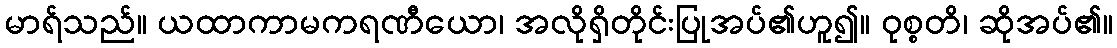
မာရ်သည်။ ယထာကာမကရဏီယော၊ အလိုရှိတိုင်းပြုအပ်၏ဟူ၍။ ဝုစ္စတိ၊ ဆိုအပ်၏။